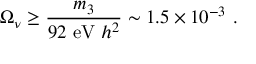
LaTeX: \Omega _ { \nu } \geq \frac { m _ { 3 } } { 9 2 ~ \mathrm { e V } ~ h ^ { 2 } } \sim 1 . 5 \times 1 0 ^ { - 3 } ~ .